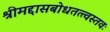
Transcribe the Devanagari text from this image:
श्रीमद्दासबोधतत्त्वस्तवः